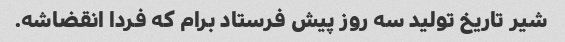
شیر تاریخ تولید سه روز پیش فرستاد برام که فردا انقضاشه.